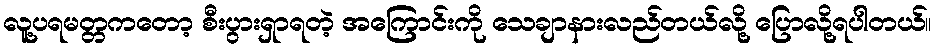
လူ့ပရမတ္တကတော့ စီးပွားရှာရတဲ့ အကြောင်းကို သေချာနားလည်တယ်လို့ ပြောလို့ရပါတယ်။